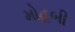
મોહબી